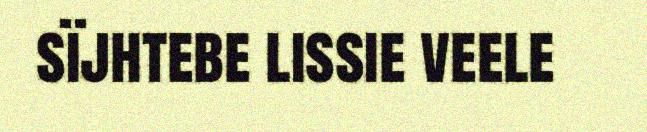
sïjhtebe lissie veele